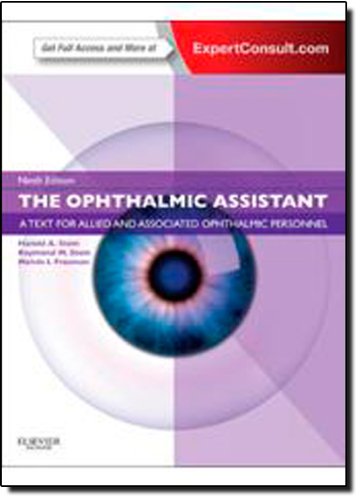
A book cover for The Ophthalmic Assistant: A Text for Allied and Associated Ophthalmic Personnel: Expert Consult - Online and Print, 9e; Harold A. Stein MD  MSC(Ophth)  FRCS(C)  DOMS(London); Medical Books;